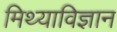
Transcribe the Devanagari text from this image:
मिथ्याविज्ञान